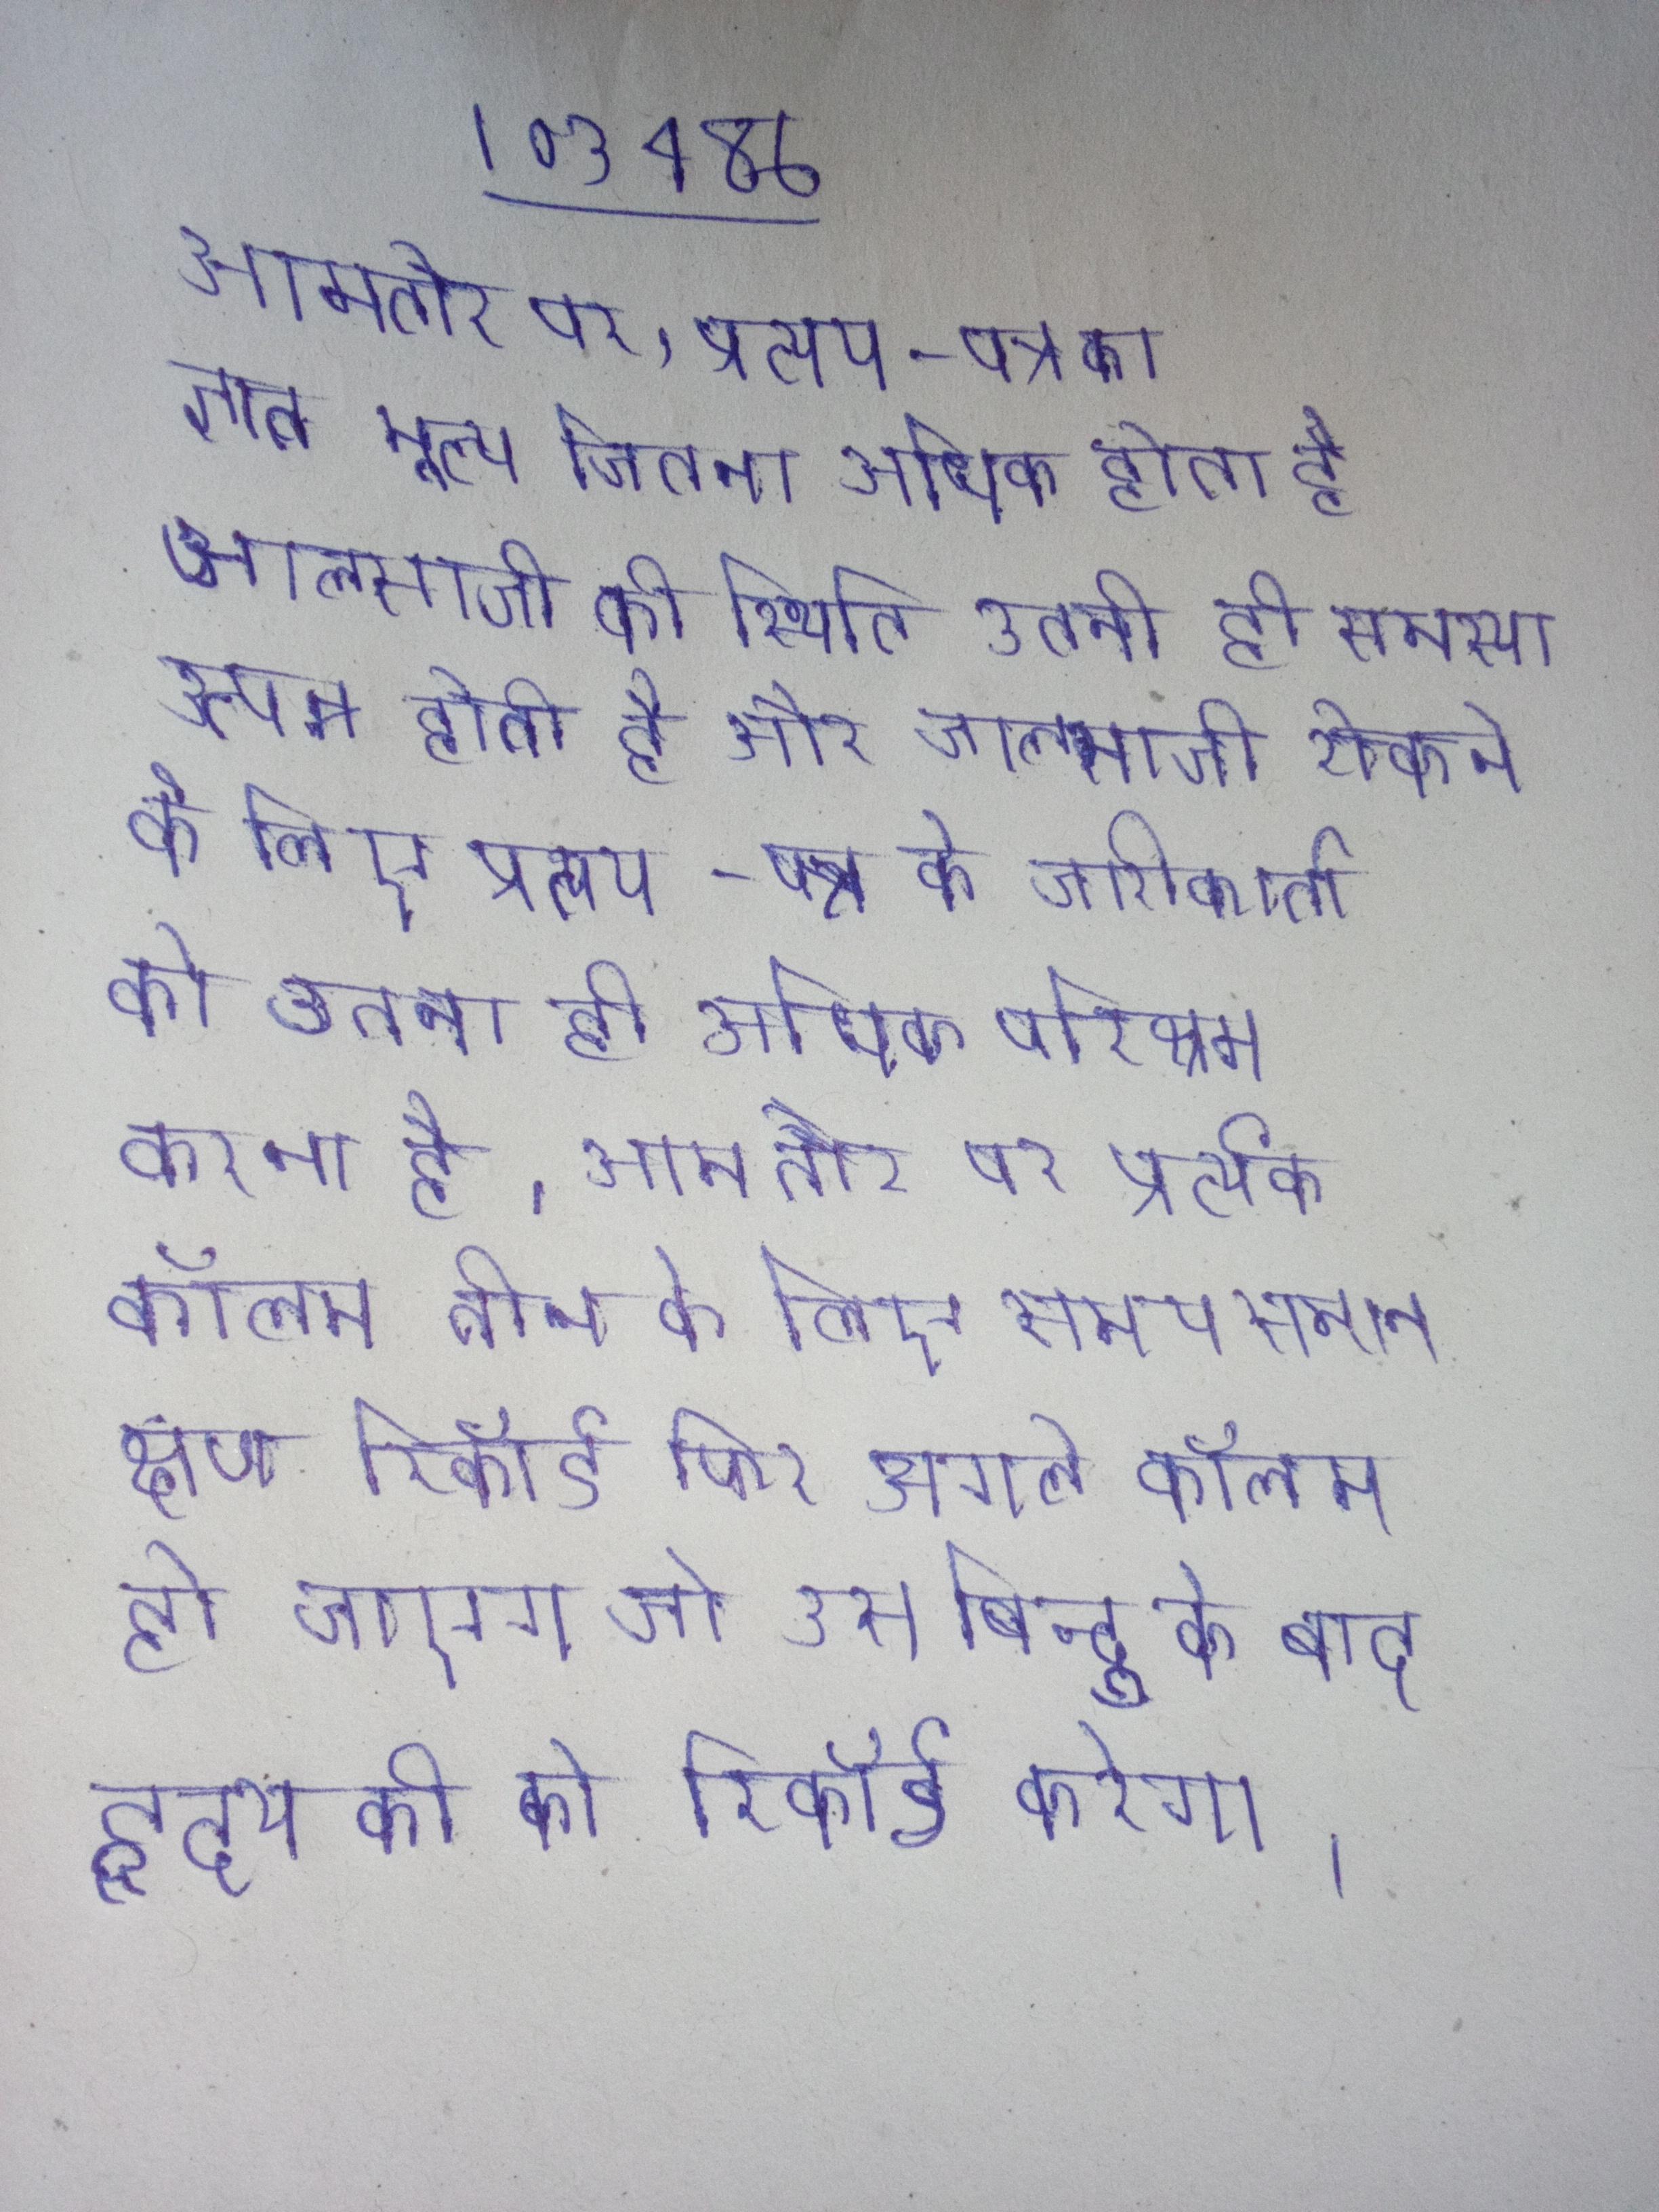
आमतौर पर, प्रत्यय-पत्र का ज्ञात मूल्य जितना अधिक होता है जालसाजी की स्थिति उतनी ही समस्या उत्पन्न होती है और जालसाजी रोकने के लिए प्रत्यय-पत्र के जारीकर्ता को उतना ही अधिक परिश्रम करना है । आम तौर पर प्रत्येक कॉलम तीन के लिए समय समान क्षण रिकॉर्ड फिर अगले कॉलम हो जाएगा जो उस बिन्दु के बाद हृदय की को रिकॉर्ड करेगा ।